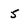
Character: 5